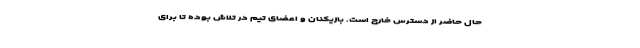
حال حاضر از دسترس خارج است. بازیکنان و اعضای تیم در تلاش بوده تا برای